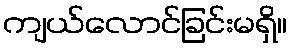
ကျယ်လောင်ခြင်းမရှိ။